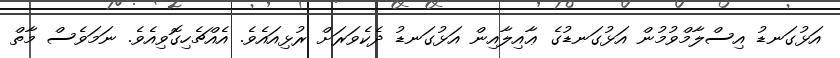
އަޅުގަނޑު އިސްލާމްވުމުން އަޅުގަނޑުގެ ޢާއިލާއިން އަޅުގަނޑު ދެކެވަރަށް ރުޅިއައެވެ. އެއްޗެހިގޮވިއެވެ. ނަމަވެސް މާތް